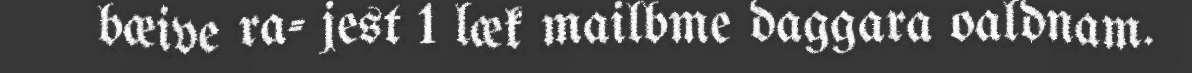
bæive ra- jest 1 læk mailbme daggara oaldnam.